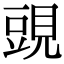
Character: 𧡀